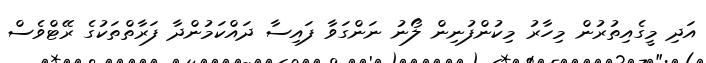
އަދި މީގެއިތުރުން މިހާރު މިކުންފުނިން ލޯނު ނަންގަވާ ފައިސާ ދައްކަމުންދާ ފަރާތްތަކުގެ ރޭޓްވެސް